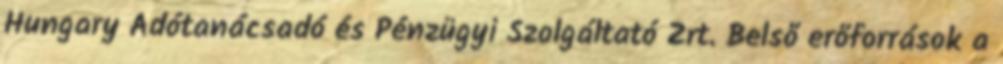
Hungary Adótanácsadó és Pénzügyi Szolgáltató Zrt. Belső erőforrások a